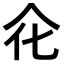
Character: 𠇃